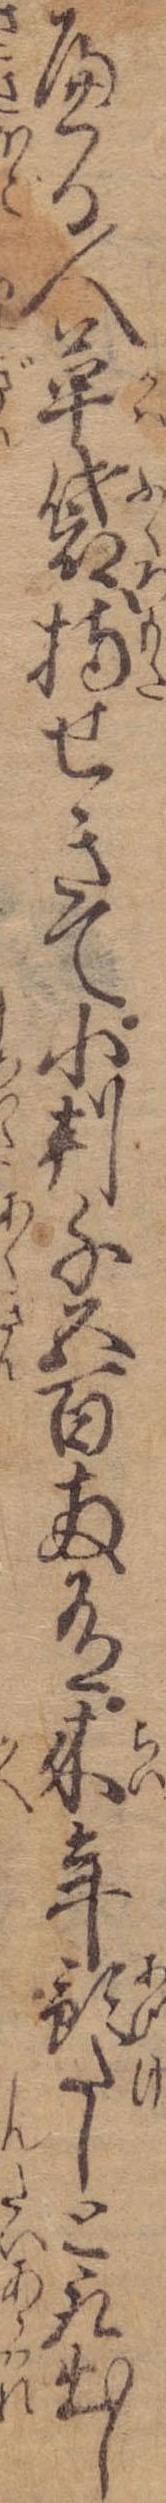
へる人革袋持せきて小判千五百両有来年預たしと取出し